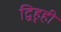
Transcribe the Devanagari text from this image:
द्विहृही